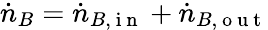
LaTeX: \dot{n}_{B}=\dot{n}_{B,\mathrm{~i~n~}}+\dot{n}_{B,\mathrm{~o~u~t~}}